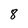
Character: 8